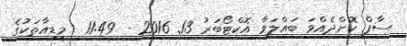
ސާފް ކޮށްދެއްވަ ބައްލަވާ އޮކްޓޯބަރު 13